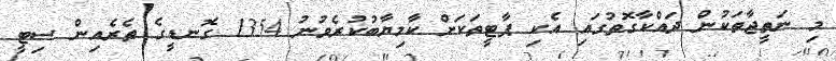
މި ނަތީޖާތަކުން ދައްކާގޮތުގައި އެކި ޕާޓީތަކަށް ކާމިޔާބުކުރެވުނު 1354 ގޮނޑީގެ ތެރެއިން ސިޓީ